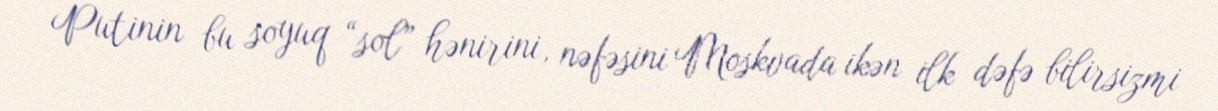
Putinin bu soyuq “sol” hənirini, nəfəsini Moskvada ikən ilk dəfə bilirsizmi